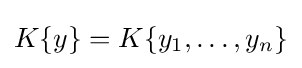
K\{y\}=K\{y_{1},\ldots ,y_{n}\}